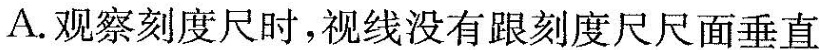
A. 观察刻度尺时，视线没有跟刻度尺尺面垂直